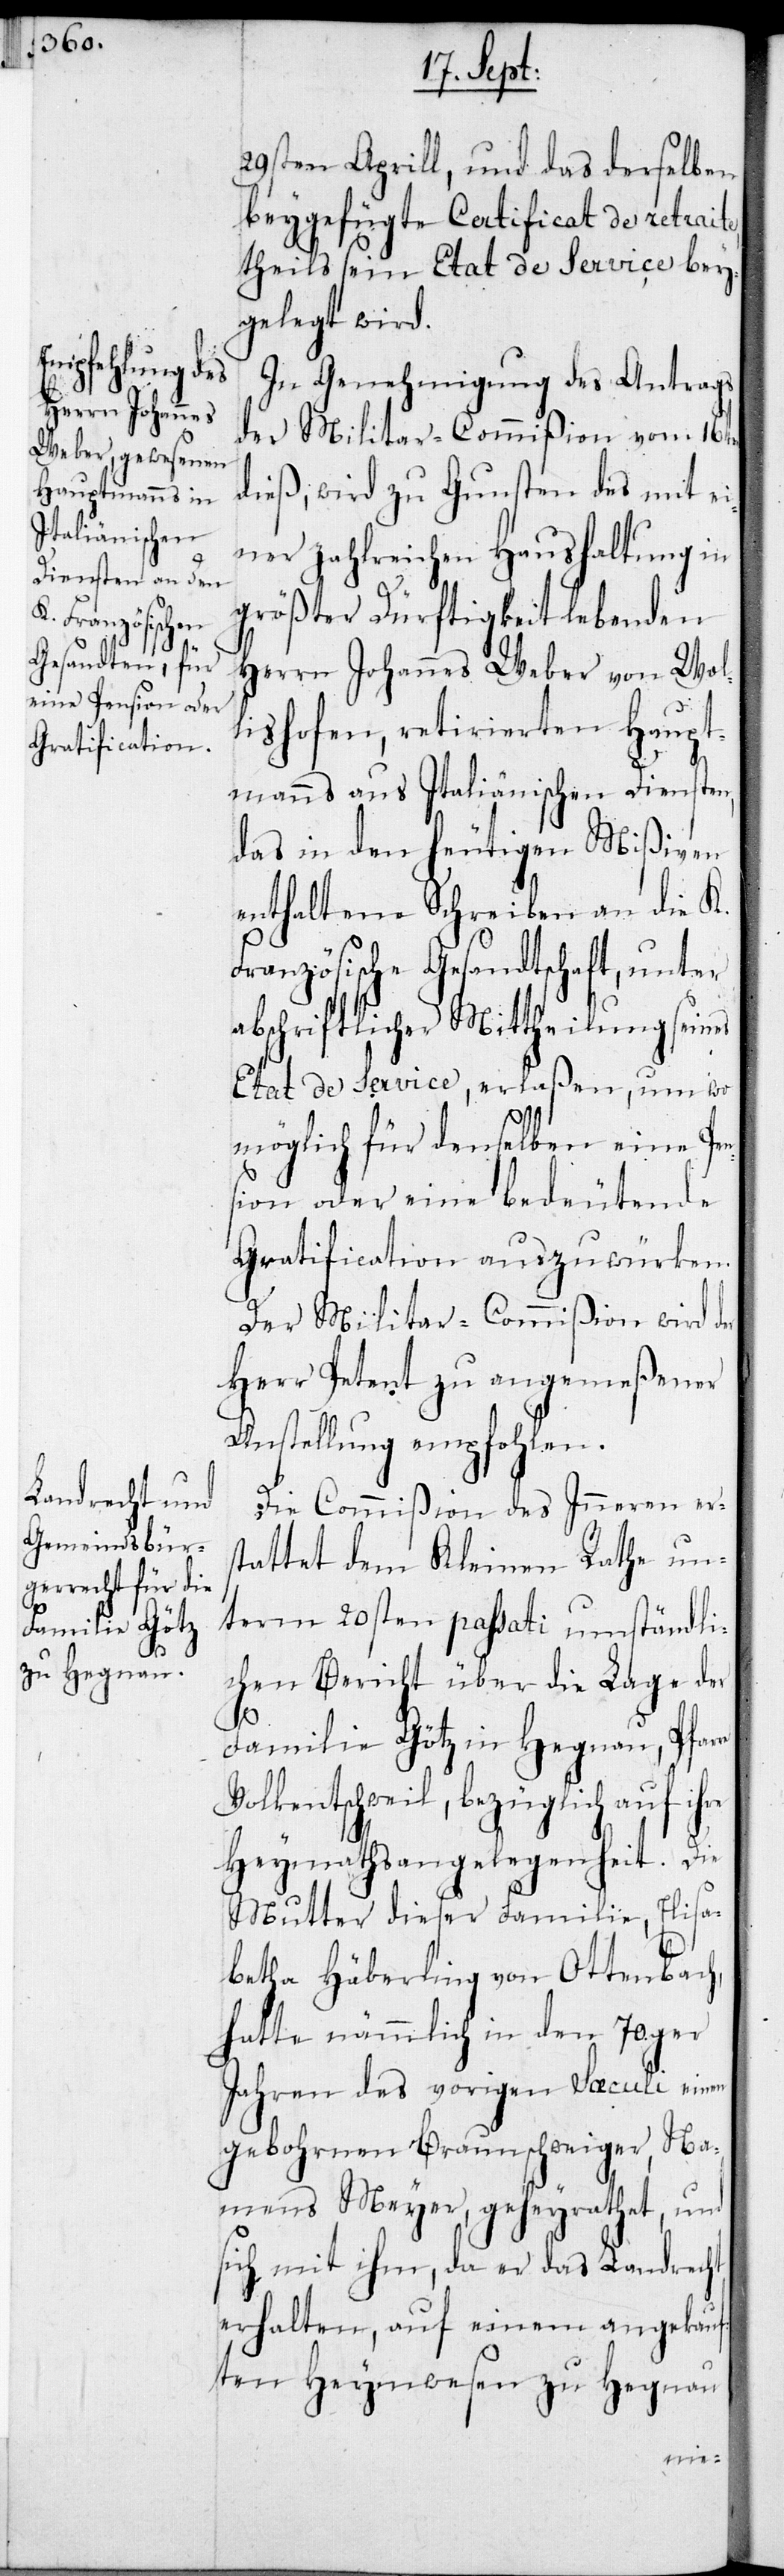
29sten Aprill, und das derselben
beygefügte Certificat de retraite,
theils sein Etat de Service bey¬
gelegt wird.
In Genehmigung des Antrags
der Militar-Commißion vom 16ten
dieß, wird zu Gunsten des mit ei¬
ner zahlreichen Haushaltung in
größter Dürftigkeit lebenden
Herrn Johannes Weber von Wol¬
lishofen, retirierten Haupt¬
manns aus Italiänischen Diensten,
das in den heutigen Mißiven
enthaltene Schreiben an die K.
Französische Gesandtschaft, unter
abschriftlicher Mittheilung seines
Etat de Service, erlaßen, um wo¬
möglich für denselben eine Pen¬
sion oder eine bedeutende
Gratification auszuwürken.
Der Militar-Commißion wird
Herr Petent zu angemeßener
Anstellung empfohlen.
Die Commißion des Inneren ers¬
tattet dem Kleinen Rath un¬
term 20sten passati umständli¬
chen Bericht über die Lage der
re
Familie Götz in Hegnau, Pfar¬
Volketschweil, bezüglich auf ihre
Heymathsangelegenheit. Die
Mutter dieser Familie, Elisa¬
betha Häberling von Ottenbach,
hatte nämmlich in den 70ger
Jahren des vorigen Saeculi einen
gebohrnen Braunschweiger, Na¬
mens Meyer, geheyrathet, und
sich mit ihm, da er das Landrecht
erhalten, auf einen angekau¬
ften Heymwesen zu Hegnau